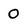
Character: 0